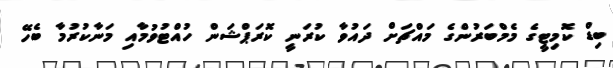
ބިޑް ކޮމިޓީގެ މެމްބަރުންގެ މައްޗަށް ދައުވާ ކުރަނީ ކޮރަޕްޝަން ހުއްޓުވުމާއި މަނާކުރުމާ ބެހޭ